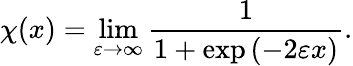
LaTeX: \chi(x)=\operatorname*{lim}_{\varepsilon\to\infty}\frac{1}{1+\exp\left(-2\varepsilon x\right)}.